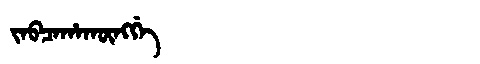
Manchu: ᠵᠠᠪᠴᠠᡥᠠᡴᡡᠩᡤᡝ
Romanization: JABCAHAKŪNGGE